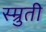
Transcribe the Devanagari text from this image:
स्म्रुती